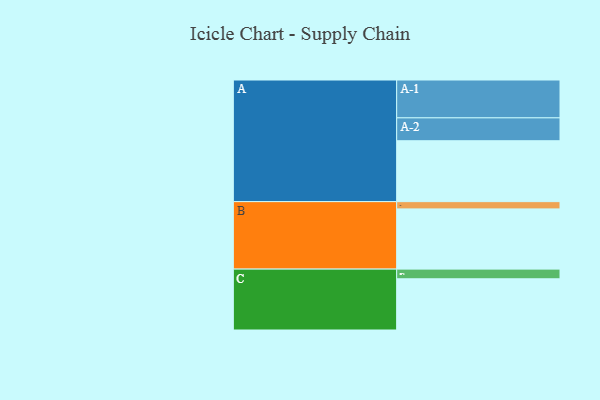
{"axis": {"x": "Segment", "y": "Value"}, "legend": ["", "A", "B", "C"], "data": [{"x": "A", "y": 460, "type": ""}, {"x": "B", "y": 455, "type": ""}, {"x": "C", "y": 387, "type": ""}, {"x": "A-1", "y": 286, "type": "A"}, {"x": "A-2", "y": 173, "type": "A"}, {"x": "B-1", "y": 55, "type": "B"}, {"x": "C-1", "y": 73, "type": "C"}]}